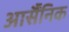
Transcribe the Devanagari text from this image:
आर्सैंनिक